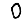
Digit: 0